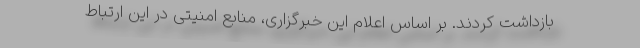
بازداشت کردند. بر اساس اعلام این خبرگزاری، منابع امنیتی در این ارتباط